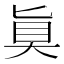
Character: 𫞲